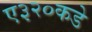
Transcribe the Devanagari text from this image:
ए३२०कडे